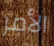
الأمر